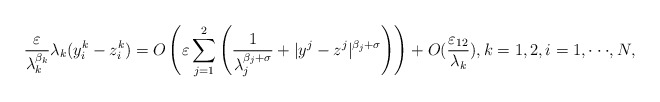
\begin{align*}\frac{\varepsilon}{\lambda_k^{\beta_k}}\lambda_k(y^k_i - z^k_i) = O\left(\varepsilon\displaystyle\sum_{j = 1}^2\left(\frac{1}{\lambda_j^{\beta_j + \sigma}} + |y^j - z^j|^{\beta_j + \sigma}\right)\right) + O(\frac{\varepsilon_{12}}{\lambda_k}), k = 1,2,i = 1,\cdot\cdot\cdot, N,\end{align*}